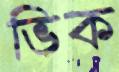
ভিক